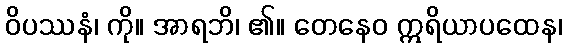
ဝိပဿနံ၊ ကို။ အာရဘိ၊ ၏။ တေနေဝ ဣရိယာပထေန၊